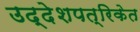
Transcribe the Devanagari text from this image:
उद्देशपत्रिकेत